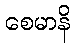
စေမာနိ